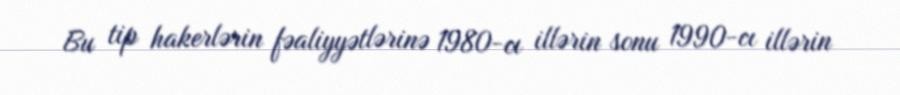
Bu tip hakerlərin fəaliyyətlərinə 1980-cı illərin sonu 1990-cı illərin